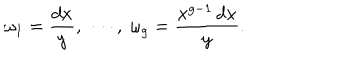
LaTeX: \omega _ { 1 } = \frac { d x } { y } , \ \cdots , \ \omega _ { g } = \frac { x ^ { g - 1 } \, d x } { y } .